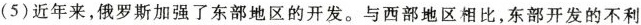
(5)近年来，俄罗斯加强了东部地区的开发。与西部地区相比，东部开发的不利